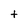
Character: t